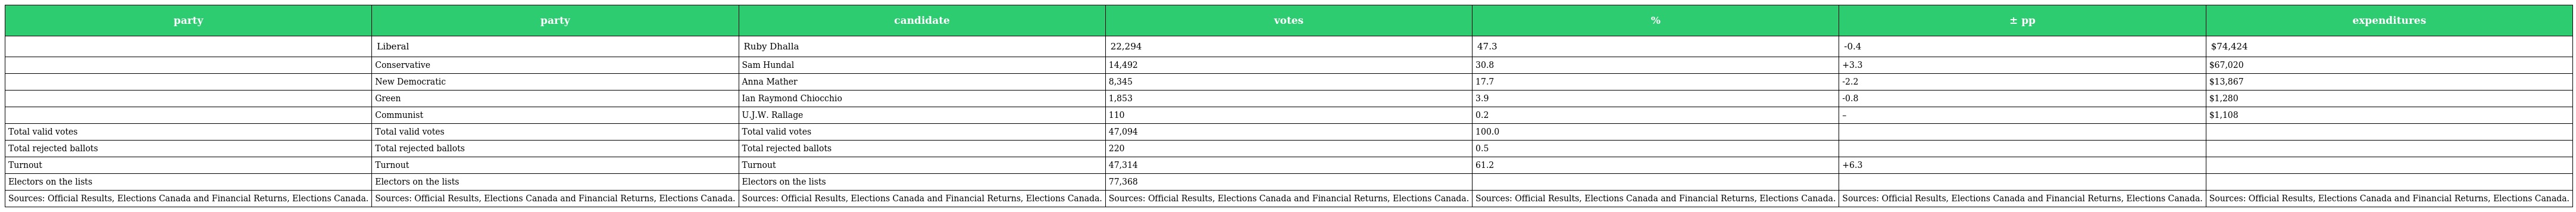
| party | party | candidate | votes | % | ± pp | expenditures |
 | --- | --- | --- | --- | --- | --- | --- |
 |  | Liberal | Ruby Dhalla | 22,294 | 47.3 | -0.4 | $74,424 |
 |  | Conservative | Sam Hundal | 14,492 | 30.8 | +3.3 | $67,020 |
 |  | New Democratic | Anna Mather | 8,345 | 17.7 | -2.2 | $13,867 |
 |  | Green | Ian Raymond Chiocchio | 1,853 | 3.9 | -0.8 | $1,280 |
 |  | Communist | U.J.W. Rallage | 110 | 0.2 | – | $1,108 |
 | Total valid votes | Total valid votes | Total valid votes | 47,094 | 100.0 |  |  |
 | Total rejected ballots | Total rejected ballots | Total rejected ballots | 220 | 0.5 |  |  |
 | Turnout | Turnout | Turnout | 47,314 | 61.2 | +6.3 |  |
 | Electors on the lists | Electors on the lists | Electors on the lists | 77,368 |  |  |  |
 | Sources: Official Results, Elections Canada and Financial Returns, Elections Canada. | Sources: Official Results, Elections Canada and Financial Returns, Elections Canada. | Sources: Official Results, Elections Canada and Financial Returns, Elections Canada. | Sources: Official Results, Elections Canada and Financial Returns, Elections Canada. | Sources: Official Results, Elections Canada and Financial Returns, Elections Canada. | Sources: Official Results, Elections Canada and Financial Returns, Elections Canada. | Sources: Official Results, Elections Canada and Financial Returns, Elections Canada. |